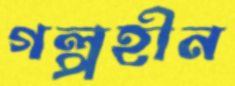
গল্পহীন